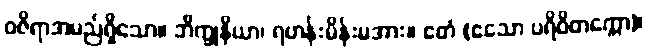
ဝဇိရာအမည်ရှိသော။ ဘိက္ခုနိယာ၊ ရဟန်းမိန်းမအား။ ဧတံ (ဧသော ပရိဝိတက္ကော)၊